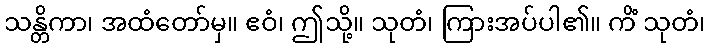
သန္တိကာ၊ အထံတော်မှ။ ဧဝံ၊ ဤသို့။ သုတံ၊ ကြားအပ်ပါ၏။ ကိံ သုတံ၊